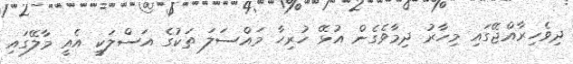
ދިވެހިރާއްޖޭގައި މިހާރު ދިމާވެގެން އުޅޭ ހުރިހާ މައްސަލަ ތަކުގެ އަސްލަކީ އެއީ މާލޭގައި